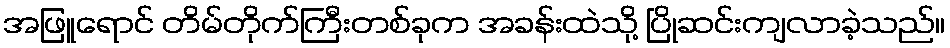
အဖြူရောင် တိမ်တိုက်ကြီးတစ်ခုက အခန်းထဲသို့ ပြိုဆင်းကျလာခဲ့သည်။